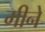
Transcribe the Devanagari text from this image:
मीने